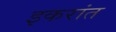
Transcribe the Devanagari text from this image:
इकरांत